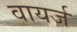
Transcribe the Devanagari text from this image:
वायर्ज